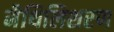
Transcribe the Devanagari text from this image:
मैथिलिशरण